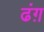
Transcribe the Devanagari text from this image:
ढंग़